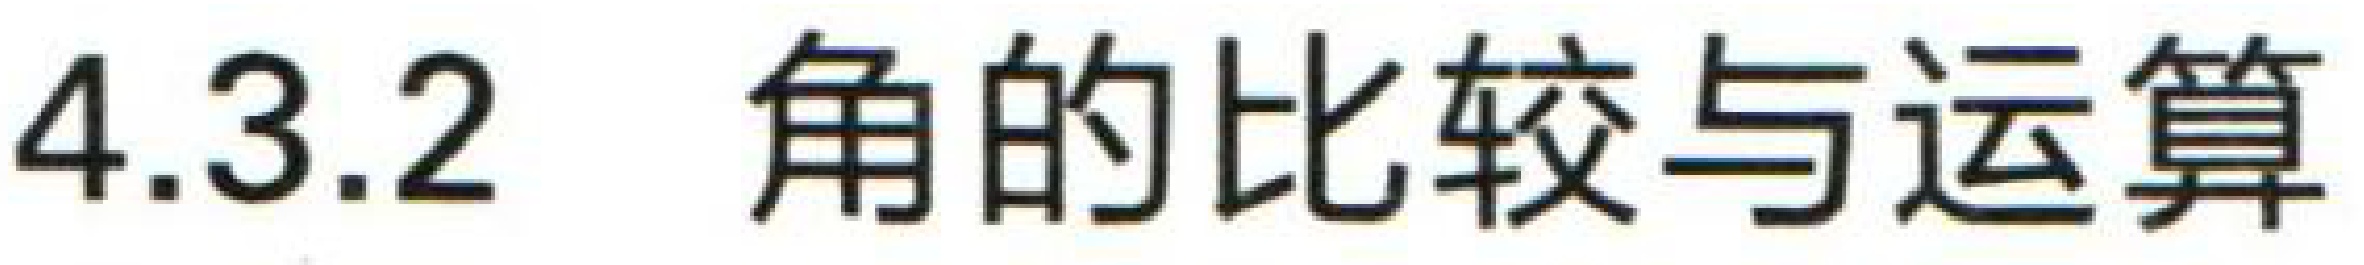
4.3.2 角的比较与运算